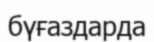
бүғаздарда